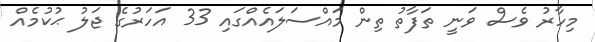
މިހާރު ވެސް ވަނީ ތަފާތު ތިން މައްސަލައެއްގައި 33 އަހަރުގެ ޖަލު ޙުކުމެއް